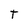
Character: T